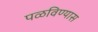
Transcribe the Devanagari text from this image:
पळविण्यास